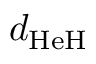
d _ { \mathrm { H e H } }